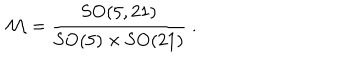
LaTeX: { \cal M } = \frac { \mathrm { S O } ( 5 , 2 1 ) } { \mathrm { S O } ( 5 ) \times \mathrm { S O } ( 2 1 ) } \ .